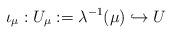
LaTeX: \begin{align*} \iota_\mu: U_\mu:=\lambda^{-1}(\mu)\hookrightarrow U\end{align*}